Medical and sanitary report of the native army of Bengal for the year
Year: 1877
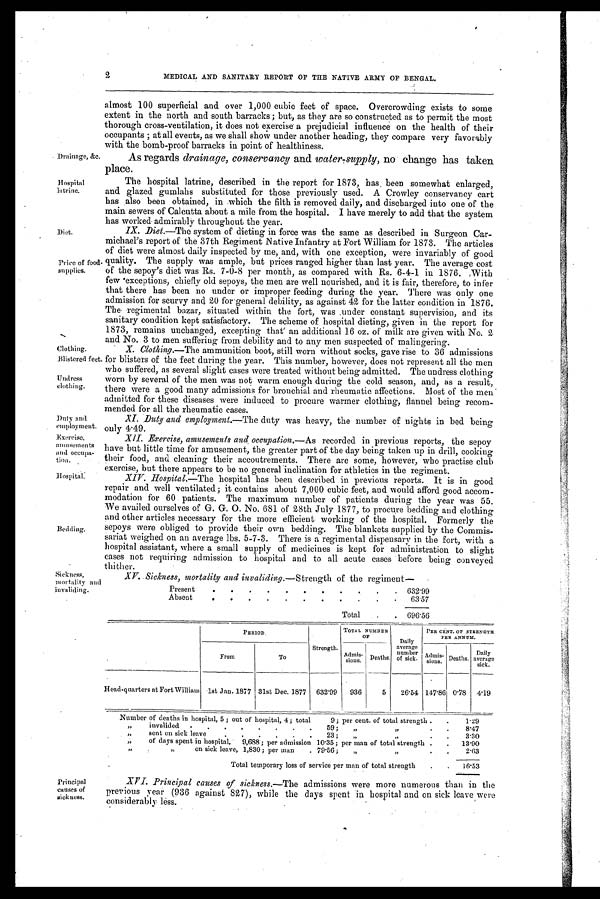
Drainage, &c.
Hospital
latrine.
Diet.
Price of food-
supplies.
Clothing.
Blistered fee
t.
Undress
clothing.
Duty and
employment.
Exercise,
amusements
and occupa-
tion.
Hospital.
Bedding.
2
MEDICAL AND SANITARY REPORT OF THE NATIVE ARMY OF BENGAL.
almost 100 superficial and over 1,000 cubic feet of space. Overcrowding exists to some
extent in the north and south barracks; but, as they are so constructed as to permit the most
thorough cross-ventilation, it does not exercise a prejudicial influence on the health of their
occupants; at all events, as we shall show under another heading, they compare very favorably
with the bomb-proof barracks in point of healthiness.
As regards drainage, conservancy and water-supply, no change has taken
place.
The hospital latrine, described in the report for 1873, has, been somewhat enlarged,
and glazed gumlahs substituted for those previously used. A Crowley conservancy cart
has also been obtained, in which the filth is removed daily, and discharged into one of the
main sewersof Calcutta about a mile from the hospital. I have merely to add that the system
has worked admirably throughout the year.
I.X. Diet.—The system of dieting in force was the same as described in Surgeon Car-
michael's report of the 37th Regiment Native Infantry at Fort William for 1873. The articles
of diet were almost daily inspected by me, and, with one exception, were invariably of good
quality. The supply was ample, but prices ranged higher than last year. The average cost
of the sepoy's diet was Rs. 7-0-8 per month, as compared with Rs. 6-4-1 in 1876. With
few exceptions, chiefly old sepoys, the men are well nourished, and it is fair, therefore, to infer
that there has been no under or improper feeding during the year. There was only one
admission for scurvy and 20 for general debility, as against 42 for the latter condition in 1876.
The. egimental bazar, situated within the fort, was under constant supervision, and its
sanitary condition kept satisfactory. The scheme of hospital dieting, given in the report for
1873, remains unchanged, excepting that an additional 16 oz. of milk are given with No. 2
and No. 3 to men suffering from debility and to any men suspected of malingering.
X. Clothing.—The ammunition boot, still worn without socks, gave rise to 36 admissions
for blisters of the feet during the year. This number, however, does not represent all the men
who suffered, as several slight cases were treated without being admitted. The undress clothing
worn by several of the men was not warm enough during the cold season, and, as a result,
there were a good many admissions for bronchial and rheumatic affections. Most of the men
admitted for these diseases were induced to procure warmer clothing, flannel being recom-
mended for all the rheumatic cases.
XI
.Duty and employment.—The duty was heavy, the number of nights in bed being
only 4.49.
XII. Exercise, amusements and occupation.—As recorded in previous reports, the sepoy
have but little time for amusement, the greater part of the day being taken up in drill, cooking
their food, and cleaning their accoutrements. There are some, however, who practise club
exercise, but there appears to be no general Inclination for athletics in the regiment.
XIV. Hospital.—The hospital has been described in previous reports. It is in good
repair and well ventilated; it contains about 7,000 cubic feet, and would afford good accom-
modation for 60 patients. The maximum number of patients during the year was 55.
We availed ourselves of G. G. O. No. 681 of 28th July 1877, to procure bedding and clothing
and other articles necessary for the more efficient working of the hospital. Formerly the
sepoys were obliged to provide their own bedding. The blankets supplied by the Commis-
sariat weighed on an average lbs. 5-7-3. There is a regimental dispensary in the fort, with a
hospital assistant, where a small supply of medicines is kept for administration to slight
cases not requiring admission to hospital and to all acute cases before being conveyed
thither.
Sickness,
mortality
a n d
invaliding.
Principal
causes of
sickness.
XV.
Sickness, mortality and invaliding.—Strength of the regiment-
Present
632.99
Absent
63.57
Total
. 696.56
P E R I O D .
Strength.
TOTAL NUMBER
OF
Daily
average
number
of sick..
PER CENT. OF STRENGTH
PER ANNUM.
From
To
Admis-
sions.
Deaths.
Admis-
•
sums.
Deaths.
Daily
average
sick.
Head-quarters at Fort William 1st Jan. 1877 31st Dec. 1877 632.99
936
5
26.54 147.86 0.78
4.19
Number of deaths in hospital, 5 ; out of hospital, 4 ; total 9; per cent. of total strength
1.29
,, invalide 59 ; ,, ,,
8.47
sent on sick leave 23 ; ,, ,,
3.30
,, of days spent in hospital 9,688 ; per admission 10.35 ; per man of total strength
13.90
,, ,, on sick leave, 1,830 ; per man 79.56 ; ,, ,,
2.63
Total temporary loss of service per man of total strength
16.53
XVI. Principal causes of sickness.—The admissions were more numerous than in the
previous year (936 against 827), while the days spent in hospital and on sick leave were
considerably less.